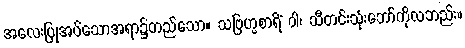
အလေးပြုအပ်သောအရာ၌တည်သော။ သဗြဟ္မစာရိံ ဝါ၊ သီတင်းသုံးဘော်ကိုလဘည်း။